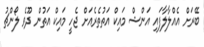
ބޭރަށް އެއްލާލާފައި އަންޝް މައިކް އަތުތެރެއަށް ޖެހީ މައިކް އަތުން ދޫވެ ލޯންޗު